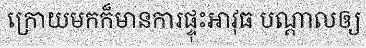
ក្រោយមកក៏មានការផ្ទុះអាវុធ បណ្តាលឲ្យ